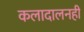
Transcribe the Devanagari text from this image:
कलादालनही